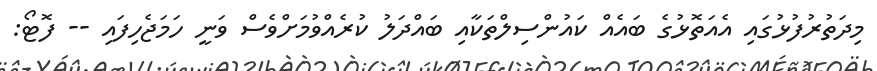
މިދަތުރުފުޅުގައި އެއަތޮޅުގެ ބައެއް ކައުންސިލްތަކާއި ބައްދަލު ކުރެއްވުމަށްވެސް ވަނީ ހަމަޖެހިފައި -- ފޮޓޯ: